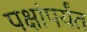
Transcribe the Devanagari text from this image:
पक्षांपर्यंत